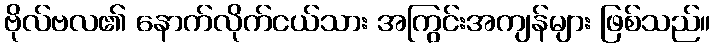
ဗိုလ်ဗလ၏ နောက်လိုက်ငယ်သား အကြွင်းအကျန်များ ဖြစ်သည်။